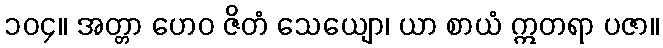
၁၀၄။ အတ္တာ ဟေဝ ဇိတံ သေယျော၊ ယာ စာယံ ဣတရာ ပဇာ။